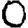
Digit: 0